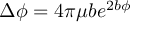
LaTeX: \Delta \phi = 4 \pi \mu b e ^ { 2 b \phi }